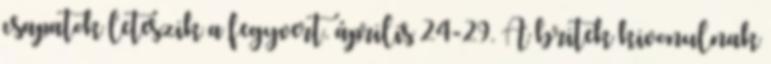
csapatok leteszik a fegyvert. április 24-29. A britek kivonulnak